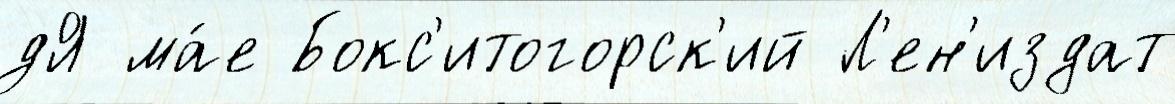
дЯ ма́е Бокс'итогорск'ий Л'ен'издат